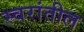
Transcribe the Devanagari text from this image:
स्वरांतील